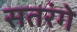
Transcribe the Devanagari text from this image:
सतरंगे